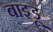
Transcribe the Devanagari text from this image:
बाइडू